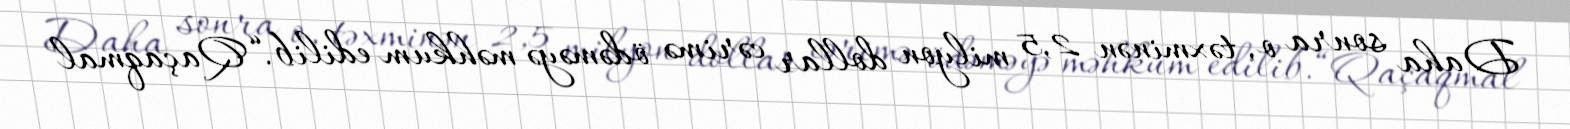
Daha sonra o, təxminən 2,5 milyon dollar cərimə ödəməyə məhkum edilib.“Qaçaqmal